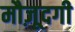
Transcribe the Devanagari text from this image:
मौज़ूदगी